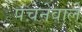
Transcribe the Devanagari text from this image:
पचनेवाले